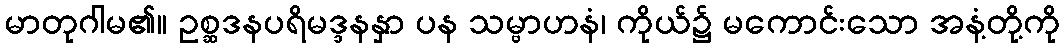
မာတုဂါမ၏။ ဥစ္ဆဒနပရိမဒ္ဒနနှာ ပန သမ္ဗာဟနံ၊ ကိုယ်၌ မကောင်းသော အနံ့တို့ကို